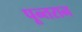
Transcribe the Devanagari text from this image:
पून्तरान